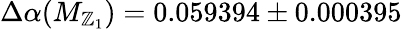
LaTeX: \Delta\alpha(M_{\mathbb{Z}_{1}})=0.059394\pm0.000395